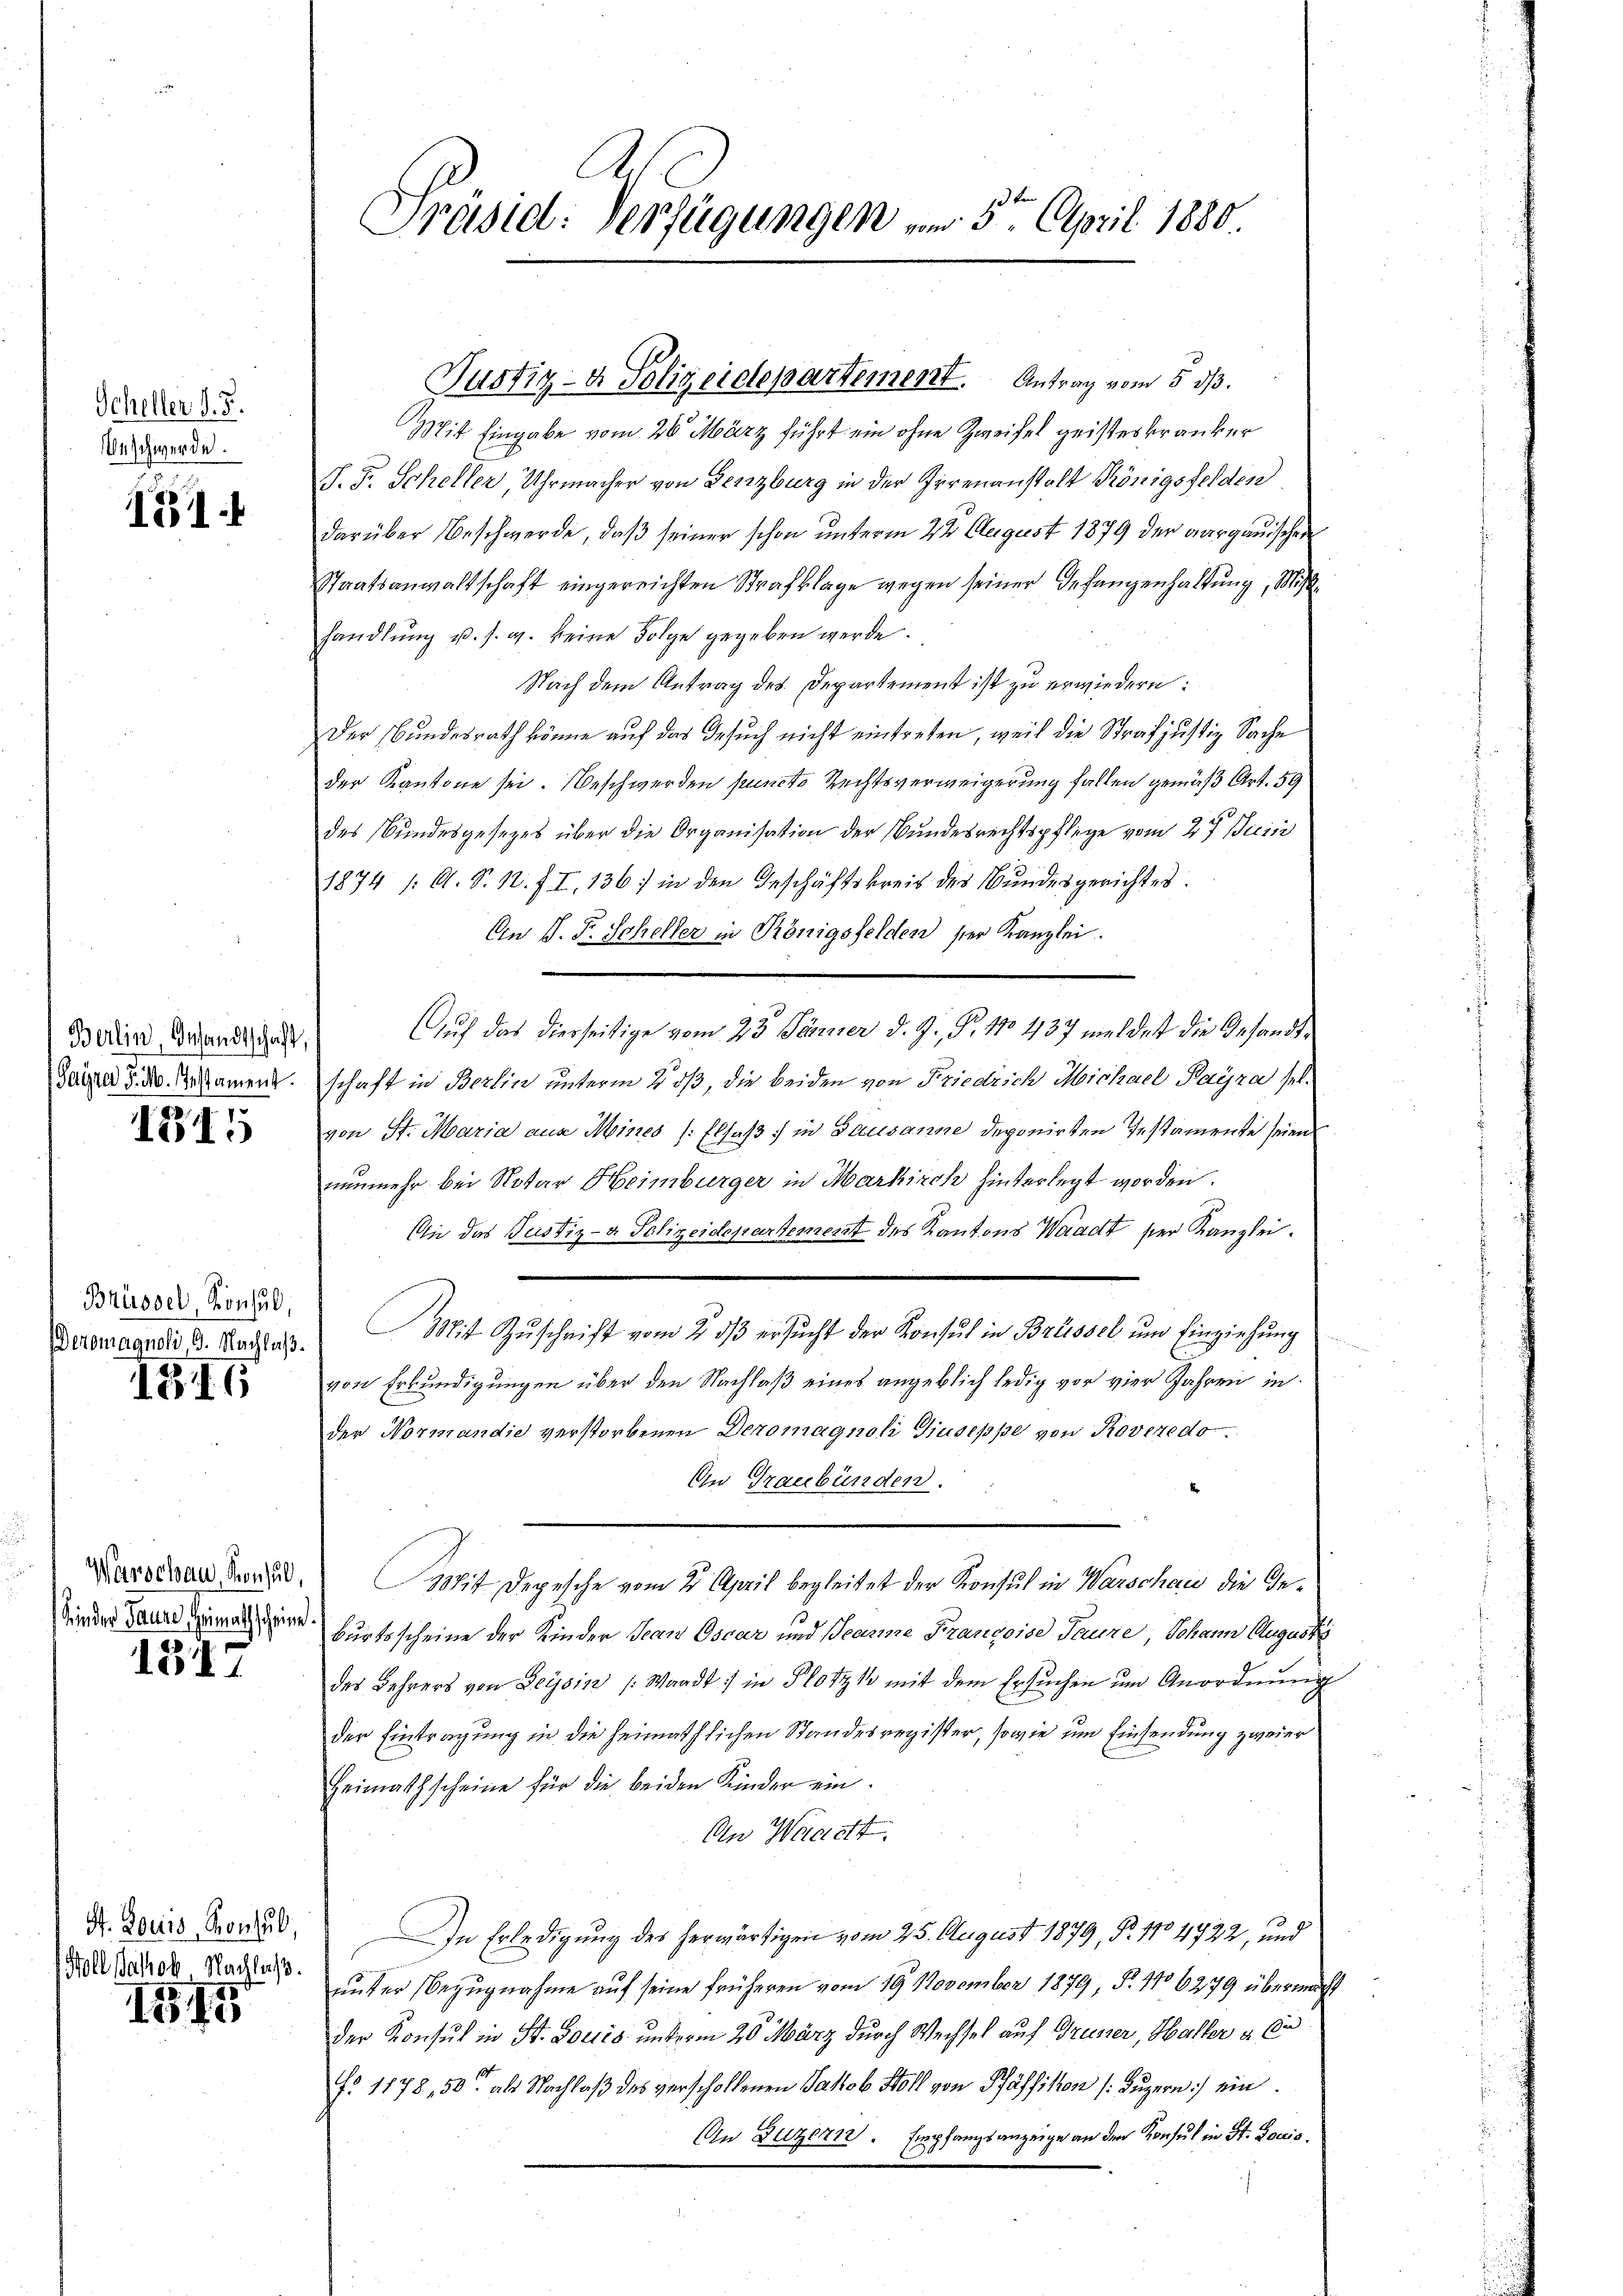
Scheller d. 5.
Beschwerde.

151.

Berlin, Gesandtschaft
Paÿrer P. M. Gestament.

1815

Brüssel, Konsul,
Deromagnoli G. Nachlaß.

186

Warschau Konsul,
Kinder Dauer Heimathscheine

1317

S. Louis, Konsul,
(Boll Jakob. Nachlaß.

155

Präsid. Verfügungen am 5ten April 1880.

Mit Eingabe vom 26. März führt ein ohne Zweifel geisteskranker
J. F. Scheller, Uhrmacher von Lenzburg in der Irrenanstalt Königsfelden
darüber Beschwerde, daβ seiner schon ŭnterm 22. August 1879 der aargauischen
Staatsanwaltschaft eingereichten Strafklage wegen seiner Gefangenhaltŭng, Mit-
handlung u. s. g. keine Folge gegeben werde.
Nach dem Antrag des Departement ist zu erwiedern:
Der Bundesrath könne auf das Gesuch nicht eintreten, weil die Strafjustiz Sache
der Kantone sei. Beschwerden puncto Rechtsverweigerung fallen gemäß Art. 59
3.
des Bundesgesezes über die Organisation der Bundesrechtspflege vom 27 Juin
1874 /: A. S. 12. II, 136) in den Geschäftskreis des Bundesgerichtes.
An P. F. Scheller in Königsfelden ser Kanzlei.
Auf das dierseitige vom 23. Jänner d. J. P. 110 437 meldest die Gesandtschaft in Berlin unterm 2. dβ, die beiden von Friedrich Michael Payra selvon St. Maria aus Meines /: Elsaß, in Gausanne deponirten Testamente seien
nunmehr bei Notar Heimburger in Markirch hinterlegt worden.
An das Justiz- & Polizeidepartement des Kantons Waadt ser Kanzlei.
Mit Zŭschrift vom 2. dβ ersŭcht der Konsul in Brüssel ŭm Einziehŭng
von Erkundigungen über den Nachlaß eines angeblich ledig vor vier Jahren in
der Normandie verstorbenen Deromagnoli Giuseppe von Roveredo
An Graubünden.
Mit Depesche vom 23. April begleitet der Konsul in Warschau die Geburtsscheine der Kinder Jean Oscar und Beamine Françoise Taure, Johann Augusti
des Lehrers von Beysin (Waadt) in Plotzk mit dem Ersuchen um Anordnung
der Eintragung in die heimathlichen Standesregister, sowie um Einsendung zweier
Heimathscheine für die beiden Kinder ein
An Waadt.
In Erledigung des herwärtigen vom 25. August 1879, Nr. 1104722, und
unter Bezugnahme auf seine früheren vom 19. November 1879, F. 16279 übermacht
der Konsul in St. Louis unterm 20. März durch Wechsel auf Grusser, Haller u. Er
fo 1178. 50 als Nachlaß des verschollenen Jakob Soll von Pfäffikon (Luzern) ein
An Luzern Empfangsanzeige an den Konsul in St. Louis

Tustiz- & Polizeidepartement. Antrag vom 5. ds.